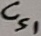
Text: Cs1